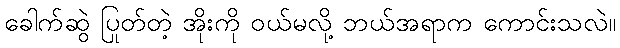
ခေါက်ဆွဲ ပြုတ်တဲ့ အိုးကို ဝယ်မလို့ ဘယ်အရာက ကောင်းသလဲ။